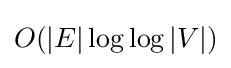
O(|E|\log \log |V|)